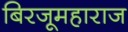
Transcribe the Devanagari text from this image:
बिरजूमहाराज